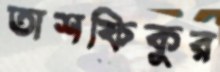
তাশফিকুর